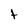
Character: t